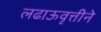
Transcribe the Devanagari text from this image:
लढाऊवृत्तीने